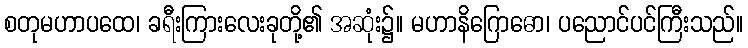
စတုမဟာပထေ၊ ခရီးကြားလေးခုတို့၏ အဆုံး၌။ မဟာနိဂြောဓော၊ ပညောင်ပင်ကြီးသည်။